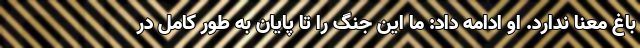
باغ معنا ندارد. او ادامه داد: ما این جنگ را تا پایان به طور کامل در